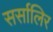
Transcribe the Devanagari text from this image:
सर्सालिर